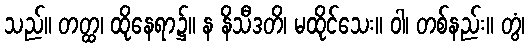
သည်။ တတ္ထ၊ ထိုနေရာ၌။ န နိသီဒတိ၊ မထိုင်သေး။ ဝါ၊ တစ်နည်း။ တွံ၊